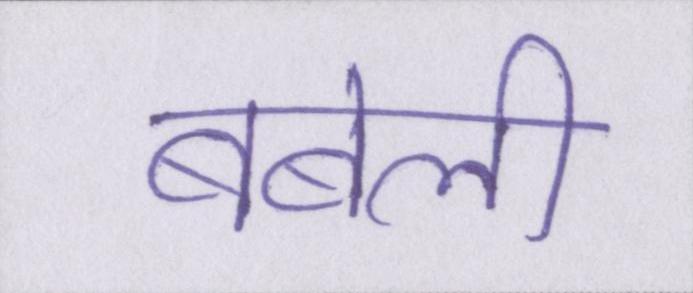
बबेली